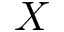
X